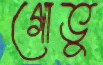
গোভু